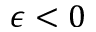
\epsilon < 0